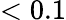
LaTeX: <0.1